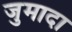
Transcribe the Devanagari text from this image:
जुमादा